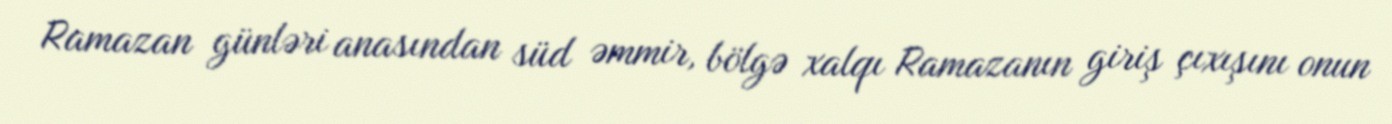
Ramazan günləri anasından süd əmmir, bölgə xalqı Ramazanın giriş çıxışını onun